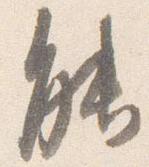
能